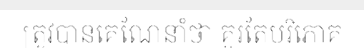
ត្រូវបានគេណែនាំថា គួរតែបរិភោគ